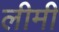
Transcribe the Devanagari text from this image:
लीमी